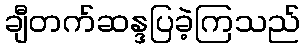
ချီတက်ဆန္ဒပြခဲ့ကြသည်